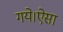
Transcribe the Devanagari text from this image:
गये।ऐसा